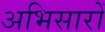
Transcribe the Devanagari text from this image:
अभिसारों